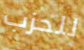
للحزب